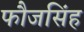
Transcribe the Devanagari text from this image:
फौजसिंह